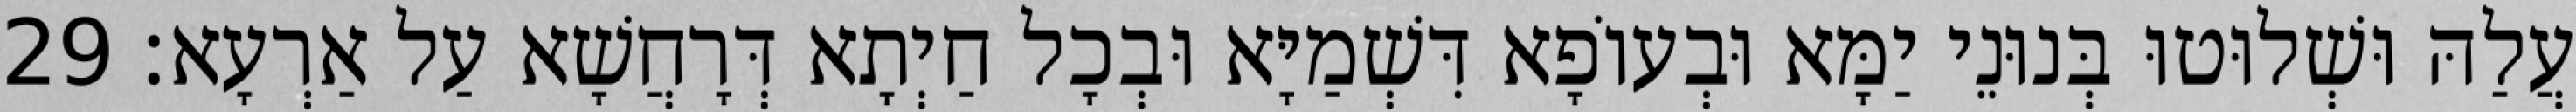
עֲלַהּ וּשְׁלוּטוּ בְּנוּנֵי יַמָּא וּבְעוֹפָא דִּשְׁמַיָּא וּבְכָל חַיְתָא דְּרָחֲשָׁא עַל אַרְעָא׃ 29